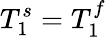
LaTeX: T_{1}^{s}=T_{1}^{f}